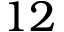
1 2